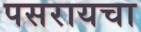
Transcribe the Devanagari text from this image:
पसरायचा